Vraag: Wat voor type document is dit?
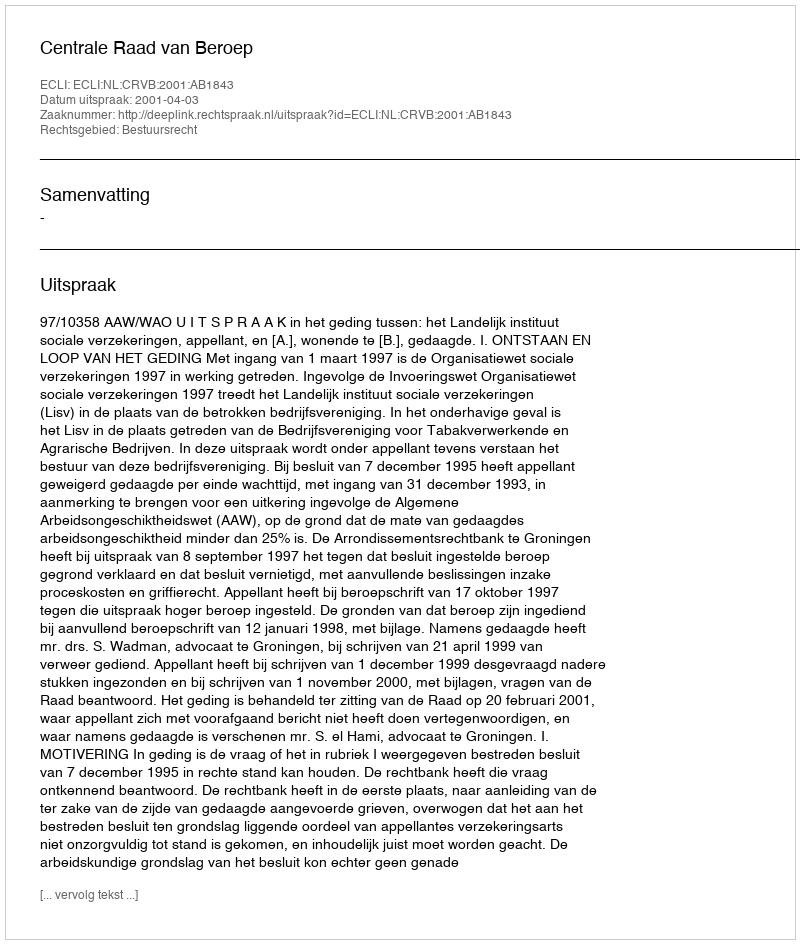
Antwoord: Uitspraak